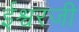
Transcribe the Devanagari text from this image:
ईश्वरजी